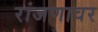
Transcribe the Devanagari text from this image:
रांजणावर